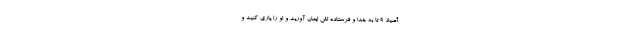
أَصِيلًا ۹ تا به خدا و فرستاده اش ايمان آوريد و او را يارى كنيد و